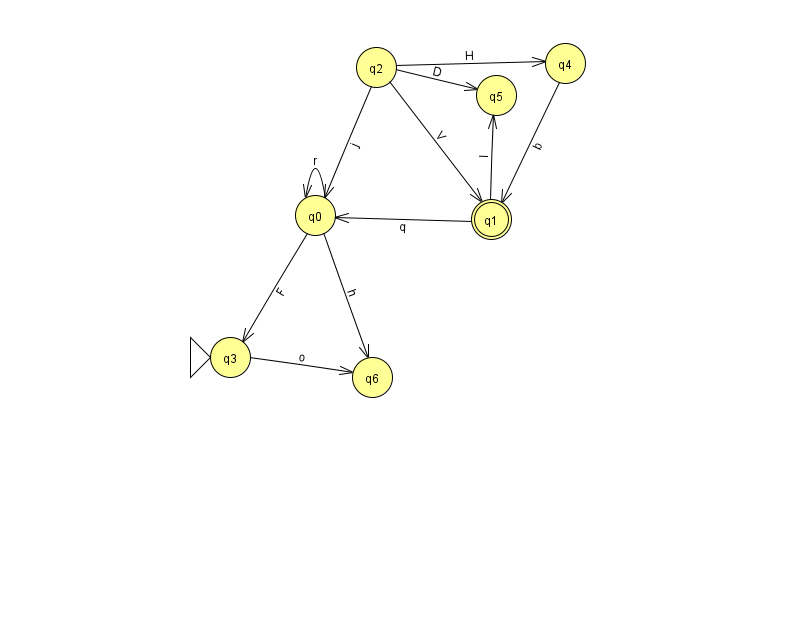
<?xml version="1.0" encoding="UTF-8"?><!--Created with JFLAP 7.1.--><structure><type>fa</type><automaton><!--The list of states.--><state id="0" name="q0"><x>315.0</x><y>202.0</y></state><state id="1" name="q1"><x>491.0</x><y>206.0</y><final/></state><state id="2" name="q2"><x>376.0</x><y>54.0</y></state><state id="3" name="q3"><x>230.0</x><y>344.0</y><initial/></state><state id="4" name="q4"><x>565.0</x><y>50.0</y></state><state id="5" name="q5"><x>496.0</x><y>82.0</y></state><state id="6" name="q6"><x>372.0</x><y>364.0</y></state><!--The list of transitions.--><transition><from>0</from><to>0</to><read>r</read></transition><transition><from>2</from><to>0</to><read>j</read></transition><transition><from>2</from><to>4</to><read>H</read></transition><transition><from>0</from><to>3</to><read>F</read></transition><transition><from>2</from><to>1</to><read>V</read></transition><transition><from>2</from><to>5</to><read>D</read></transition><transition><from>0</from><to>6</to><read>h</read></transition><transition><from>4</from><to>1</to><read>b</read></transition><transition><from>1</from><to>0</to><read>q</read></transition><transition><from>1</from><to>5</to><read>I</read></transition><transition><from>3</from><to>6</to><read>o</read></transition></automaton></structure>